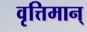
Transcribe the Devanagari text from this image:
वृत्तिमान्‌